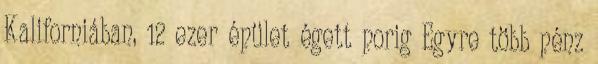
Kaliforniában, 12 ezer épület égett porig Egyre több pénz